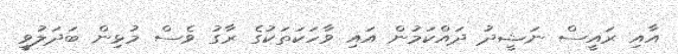
އާއި ރައީސް ނަޝީދު ދައްކަމުން އައި ވާހަކަތަކުގެ ރާގު ވެސް މުޅިން ބަދަލުވީ